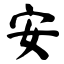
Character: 安